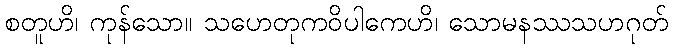
စတူဟိ၊ ကုန်သော။ သဟေတုကဝိပါကေဟိ၊ သောမနဿသဟဂုတ်